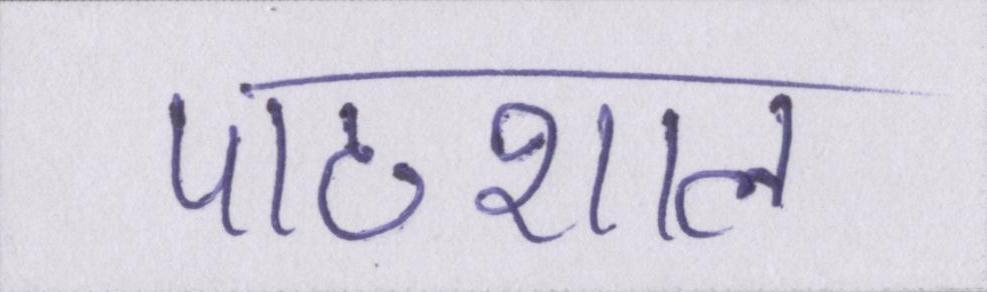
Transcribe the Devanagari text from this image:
पाठशाला